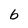
Character: b